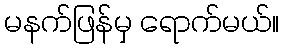
မနက်ဖြန်မှ ရောက်မယ်။